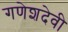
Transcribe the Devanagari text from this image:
गणेशदेवी